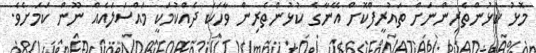
މޮޅު ކުޅުންތެރިންނަށް ތައުރީފްކޮށް އޭނާގެ ކުޅުންތެރިން ވާހަކަ ދެއްކުމަކީ މައްސަލައެއް ނޫން ކަމަށެވެ.